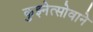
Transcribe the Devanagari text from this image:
कुझ्नेत्सोवाने